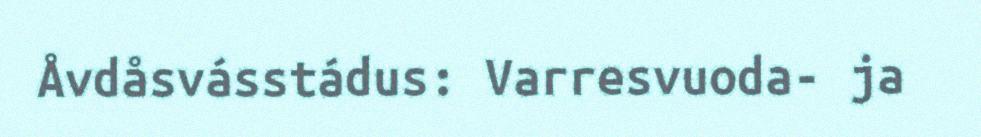
Åvdåsvásstádus: Varresvuoda- ja